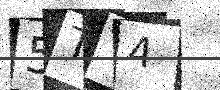
Text: 5TV4